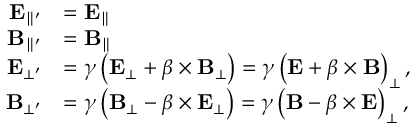
{ \begin{array} { r l } { \mathbf { E } _ { \parallel ^ { \prime } } } & { = \mathbf { E } _ { \parallel } } \\ { \mathbf { B } _ { \parallel ^ { \prime } } } & { = \mathbf { B } _ { \parallel } } \\ { \mathbf { E } _ { \bot ^ { \prime } } } & { = \gamma \left( \mathbf { E } _ { \bot } + { \boldsymbol { \beta } } \times \mathbf { B } _ { \bot } \right) = \gamma \left( \mathbf { E } + { \boldsymbol { \beta } } \times \mathbf { B } \right) _ { \bot } , } \\ { \mathbf { B } _ { \bot ^ { \prime } } } & { = \gamma \left( \mathbf { B } _ { \bot } - { \boldsymbol { \beta } } \times \mathbf { E } _ { \bot } \right) = \gamma \left( \mathbf { B } - { \boldsymbol { \beta } } \times \mathbf { E } \right) _ { \bot } , } \end{array} }